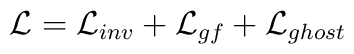
{\cal L} = {\cal L}_{inv} + {\cal L}_{gf} + {\cal L}_{ghost}